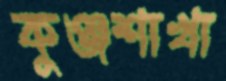
কুঞ্জশাখা